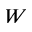
W